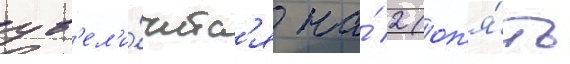
ув'ел'и́читс'я на́ 2 (оп'я́ть